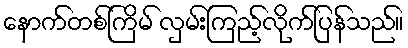
နောက်တစ်ကြိမ် လှမ်းကြည့်လိုက်ပြန်သည်။